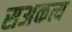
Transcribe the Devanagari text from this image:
सअकत्य